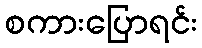
စကားပြောရင်း